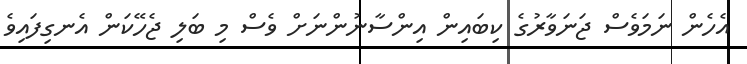
އެހެން ނަމަވެސް ޖަނަވާރުގެ ކިބައިން އިންސާނުންނަށް ވެސް މި ބަލި ޖެހޭކަން އެނގިފައިވެ